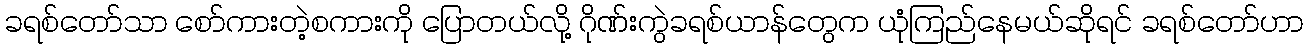
ခရစ်တော်သာ စော်ကားတဲ့စကားကို ပြောတယ်လို့ ဂိုဏ်းကွဲခရစ်ယာန်တွေက ယုံကြည်နေမယ်ဆိုရင် ခရစ်တော်ဟာ